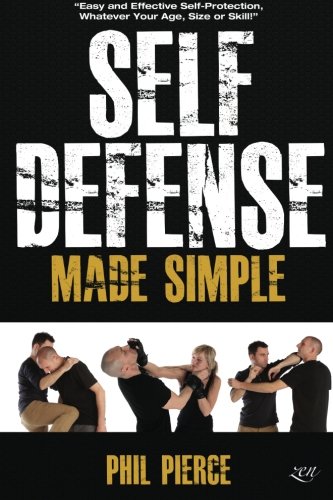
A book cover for Self Defense Made Simple: Easy and Effective Self Protection Whatever Your Age, Size or Skill!; Phil Pierce; Sports & Outdoors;